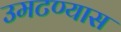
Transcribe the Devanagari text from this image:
उमटण्यास